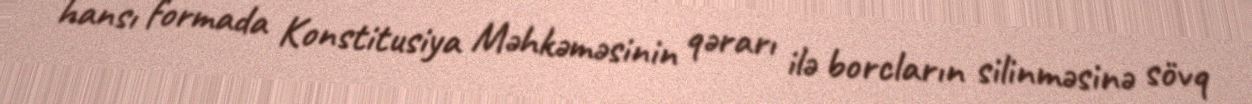
hansı formada Konstitusiya Məhkəməsinin qərarı ilə borcların silinməsinə sövq